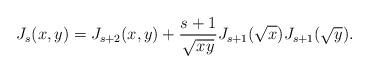
LaTeX: \begin{align*}J_s(x,y)=J_{s+2}(x,y)+\frac{s+1}{\sqrt{xy}}J_{s+1}(\sqrt{x})J_{s+1}(\sqrt{y}).\end{align*}